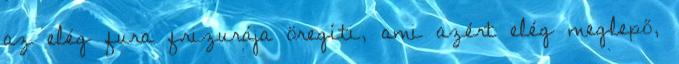
az elég fura frizurája öregíti, ami azért elég meglepő,